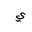
Letter: _ya